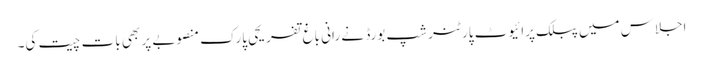
اجلاس میں پبلک پرائیوٹ پارٹنر شپ بورڈ نے رانی باغ تفریحی پارک منصوبے پر بھی بات چیت کی۔